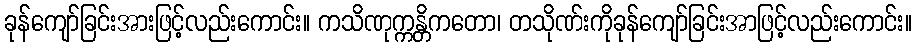
ခုန်ကျော်ခြင်းအားဖြင့်လည်းကောင်း။ ကသိဏုက္ကန္တိကတော၊ တသိုဏ်းကိုခုန်ကျော်ခြင်းအာဖြင့်လည်းကောင်း။